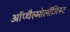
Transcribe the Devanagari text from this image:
ऑप्थैल्मोलॉजिस्ट